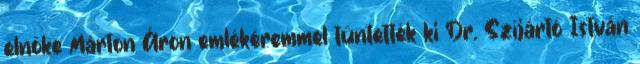
elnöke Márton Áron emlékéremmel tüntették ki Dr. Szíjártó István